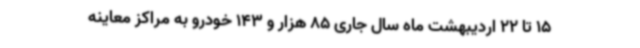
15 تا 22 اردیبهشت ماه سال جاری 85 هزار و 143 خودرو به مراکز معاینه